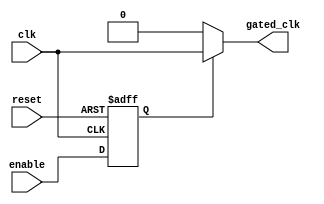
module dynamic_clock_gating (
    input wire clk,               // Original clock signal
    input wire enable,            // Enable signal for memory operations
    input wire reset,             // Reset signal
    output wire gated_clk         // Gated clock output
);

// Clock Gating Control Logic
reg gating_signal;

// Generate gating signal based on enable signal
always @(posedge clk or posedge reset) begin
    if (reset) begin
        gating_signal <= 1'b1;    // Keep clock enabled on reset
    end else begin
        gating_signal <= enable;   // Gating signal follows the enable signal
    end
end

// Clock Gating Cell
assign gated_clk = gating_signal ? clk : 1'b0; // Output original clock or disabled clock

endmodule